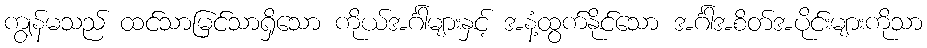
ကျွန်မသည် ထင်သာမြင်သာရှိသော ကိုယ်အင်္ဂါများနှင့် အနံ့ထွက်နိုင်သော အင်္ဂါအစိတ်အပိုင်းများကိုသာ